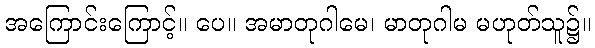
အကြောင်းကြောင့်။ ပေ။ အမာတုဂါမေ၊ မာတုဂါမ မဟုတ်သူ၌။